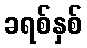
ခရစ်နှစ်